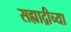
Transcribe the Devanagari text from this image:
सह्याद्रीच्‍या